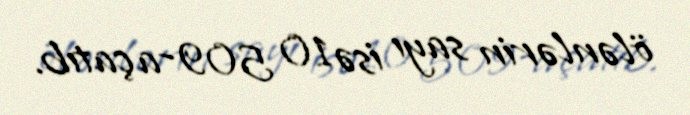
ölənlərin sayı isə 10 509-a çatıb.